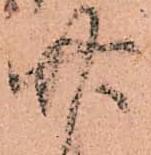
廿